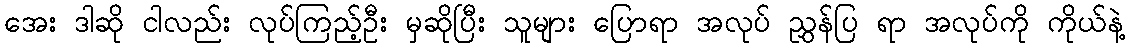
အေး ဒါဆို ငါလည်း လုပ်ကြည့်ဦး မှဆိုပြီး သူများ ပြောရာ အလုပ် ညွှန်ပြ ရာ အလုပ်ကို ကိုယ်နဲ့